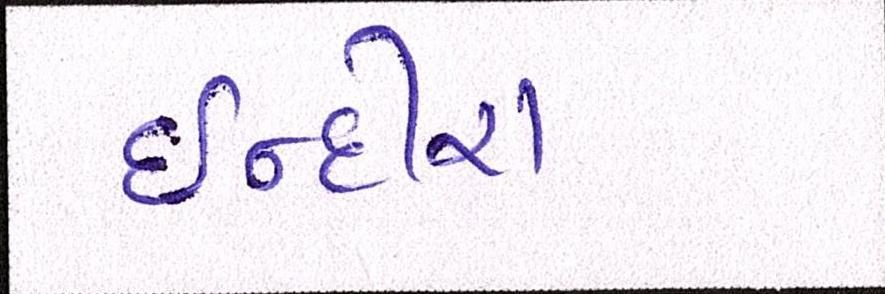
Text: ઈન્દીરા